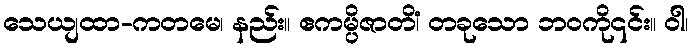
သေယျထာ-ကတမေ၊ နည်း။ ဧကမ္ပိဇာတိံ၊ တခုသော ဘဝကို၎င်း။ ဝါ၊